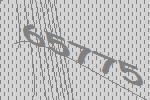
65775